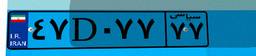
۸۶D۱۶۹۷۹